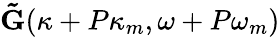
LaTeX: \mathbf{\tilde{G}}(\kappa+P\kappa_{m},\omega+P\omega_{m})